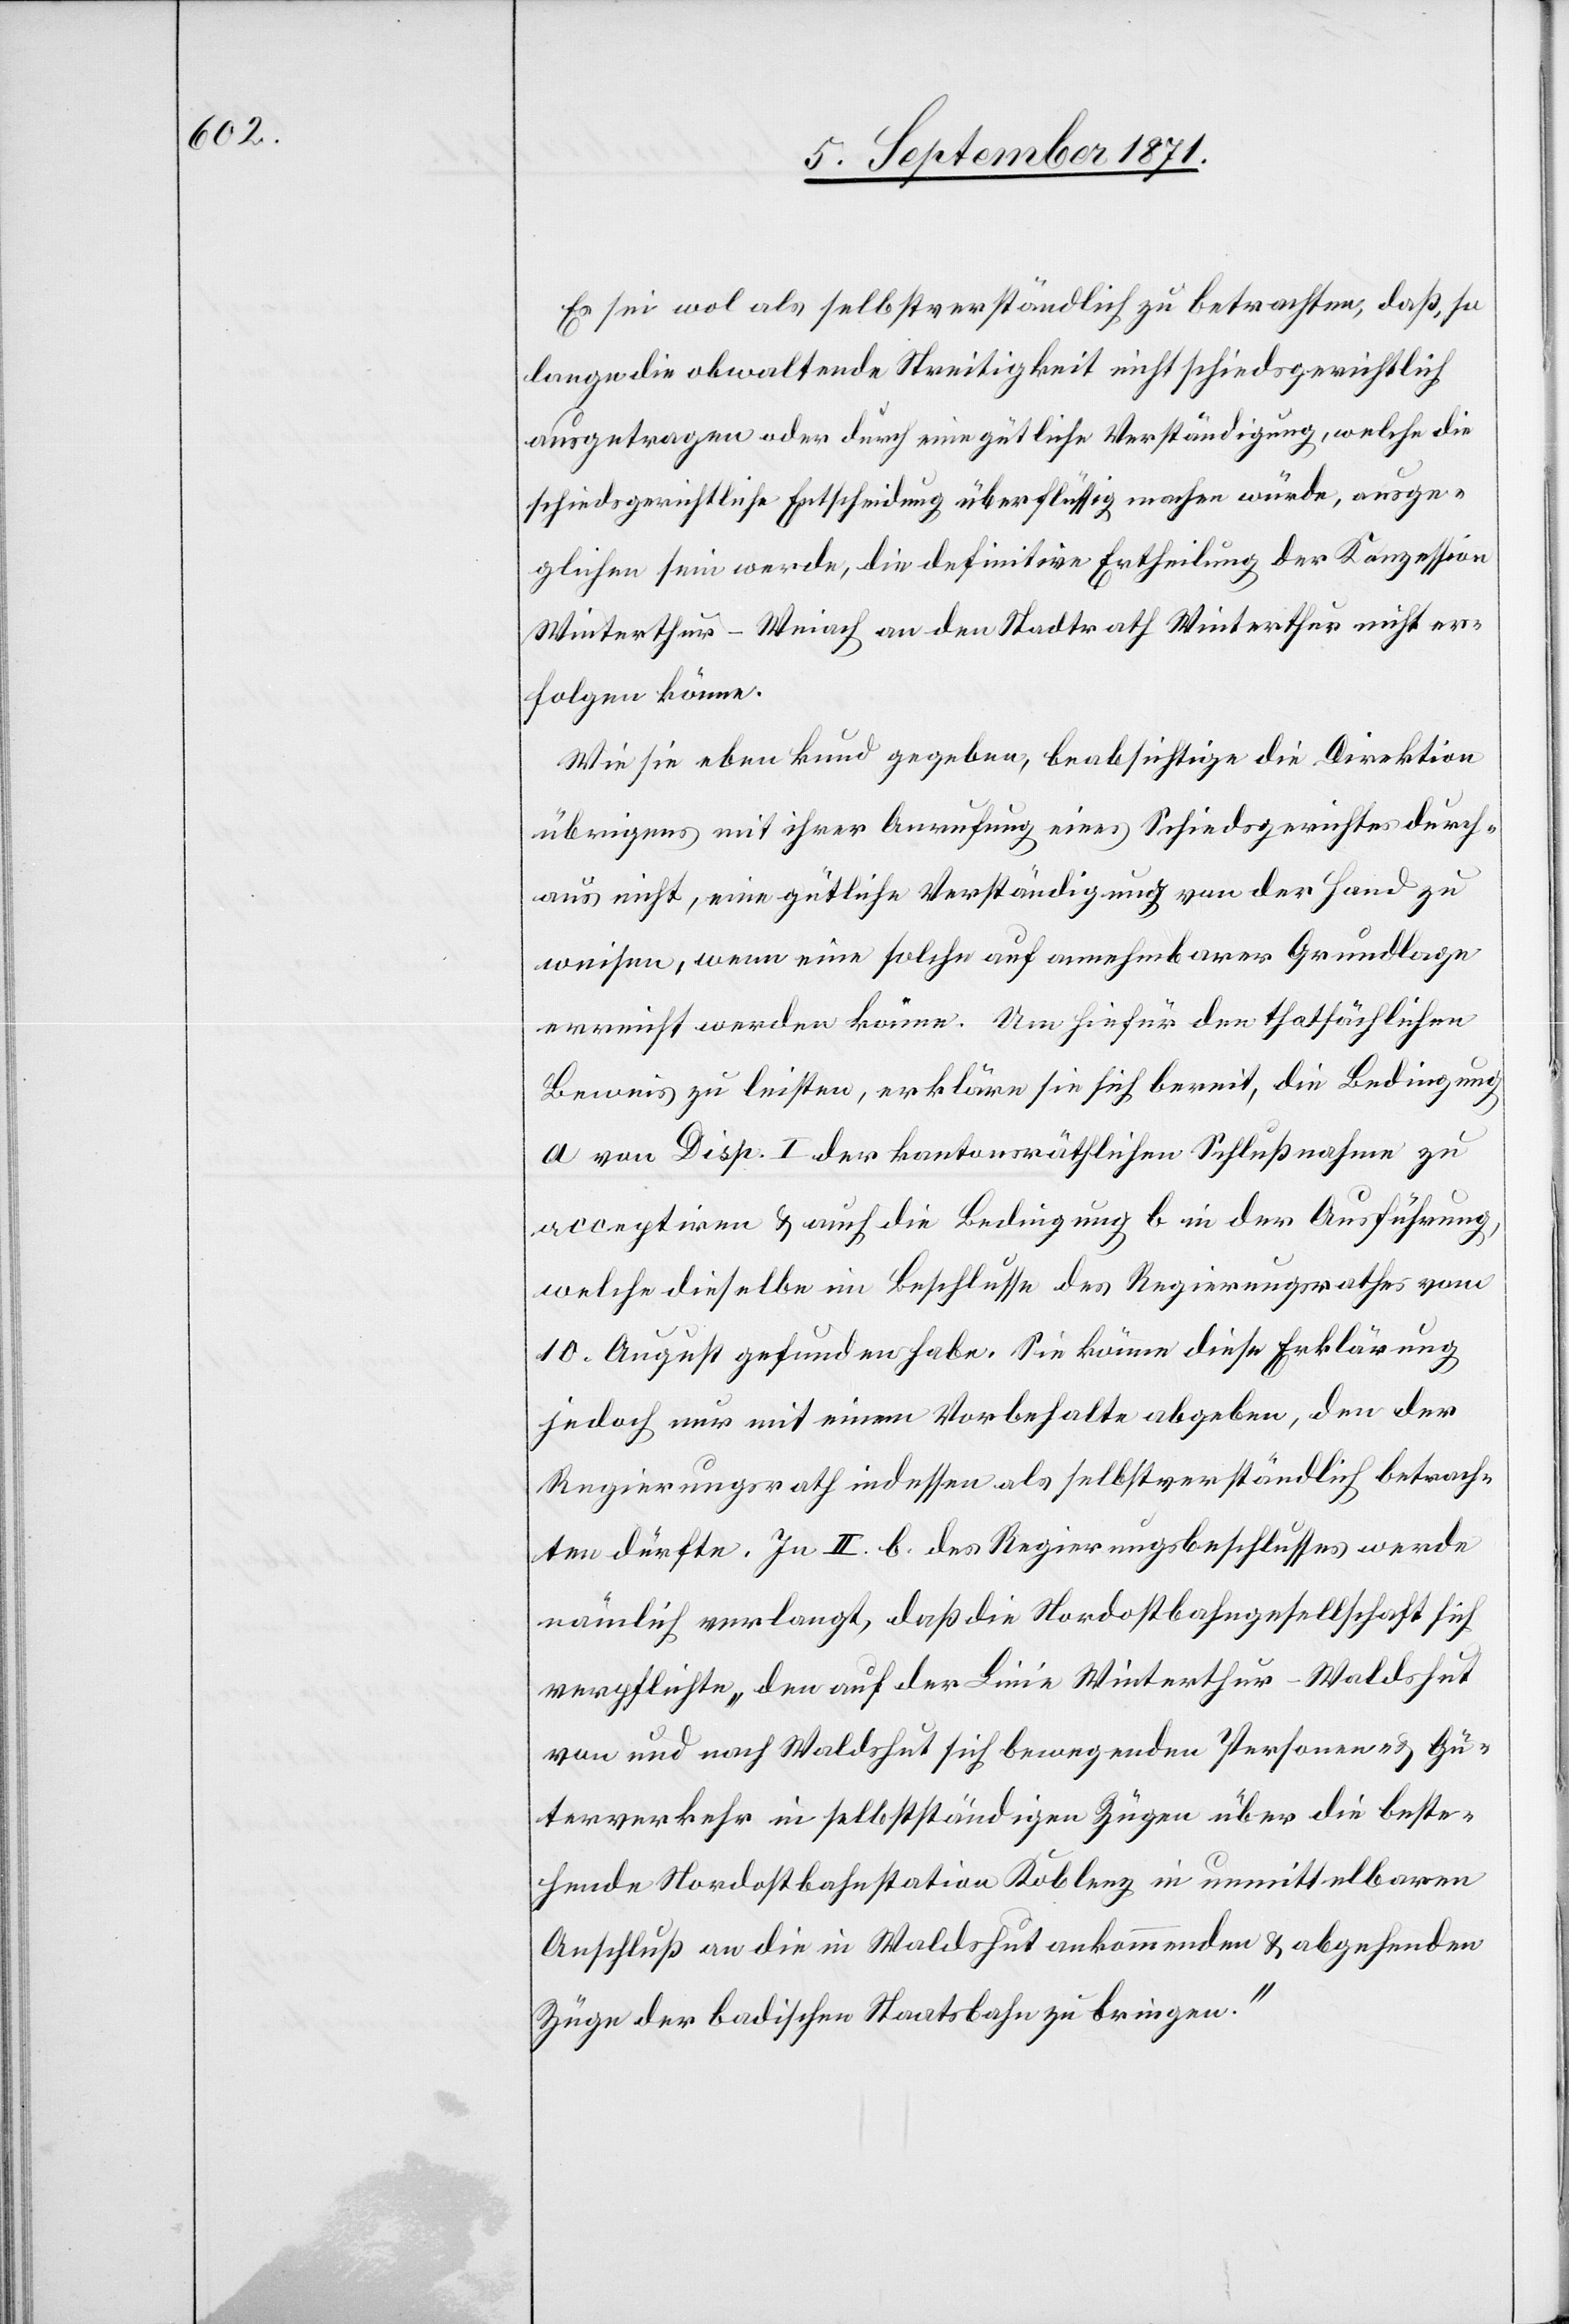
Es sei wol als selbstverständlich zu betrachten, daß, so
lange die obwaltende Streitigkeit nicht schiedsgerichtlich
ausgetragen oder durch eine gütliche Verständigung, welche die
schiedsgerichtliche Entscheidung überflüssig machen würde, ausge¬
glichen sein werde, die definitive Ertheilung der Konzession
Winterthur–Weiach an den Stadtrath Winterthur nicht er¬
folgen könne.
Wie sie eben kund gegeben, beabsichtige die Direktion
übrigens mit ihrer Anrufung eines Schiedsgerichtes durch¬
aus nicht, eine gütliche Verständigung von der Hand zu
weisen, wenn nun solche auf annehmbarer Grundlage
erreicht werden könne. Um hirfür den thatsächlichen
Beweis zu leisten, erkläre sie sich bereit, die Bedingung
a von Disp. I der kantonsräthlichen Schlußnahme zu
acceptiren & auch die Bedingung b in der Ausführung,
welche dieselbe im Beschlusse des Regierungsraths vom
10. August gefunden habe. Sie könne diese Erklärung
jedoch nur mit einem Vorbehalte abgeben, den der
Regierungsrath indessen als selbstverständlich betrach¬
ten dürfte. In II. b. des Regierungsbeschlussess werde
nämlich verlangt, daß die Nordostbahngesellschaft sich
verpflichte „den auf der Linie Winterthur–Waldshut
von und nach Waldshut sich bewegenden Personen- &Gü¬
terverkehr in halbstündigen Zügen über die beste¬
hende Nordostbahnstation Koblenz in unmittelbarem
Anschluß an die in Waldshut ankommenden & abgehenden
Züge der badischen Staatsbahn zu bringen.“